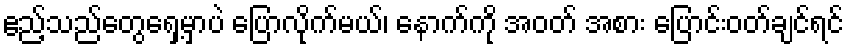
ဧည့်သည်တွေရှေ့မှာပဲ ပြောလိုက်မယ်၊ နောက်ကို အဝတ် အစား ပြောင်းဝတ်ချင်ရင်